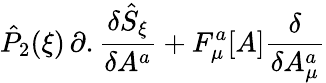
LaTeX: {\hat{P}}_{2}(\xi)\, \partial.\frac{\delta{\hat{S}}_{\xi}}{\delta A^{a}}+F_{\mu}^{a}[A]\frac{\delta}{\delta A_{\mu}^{a}}